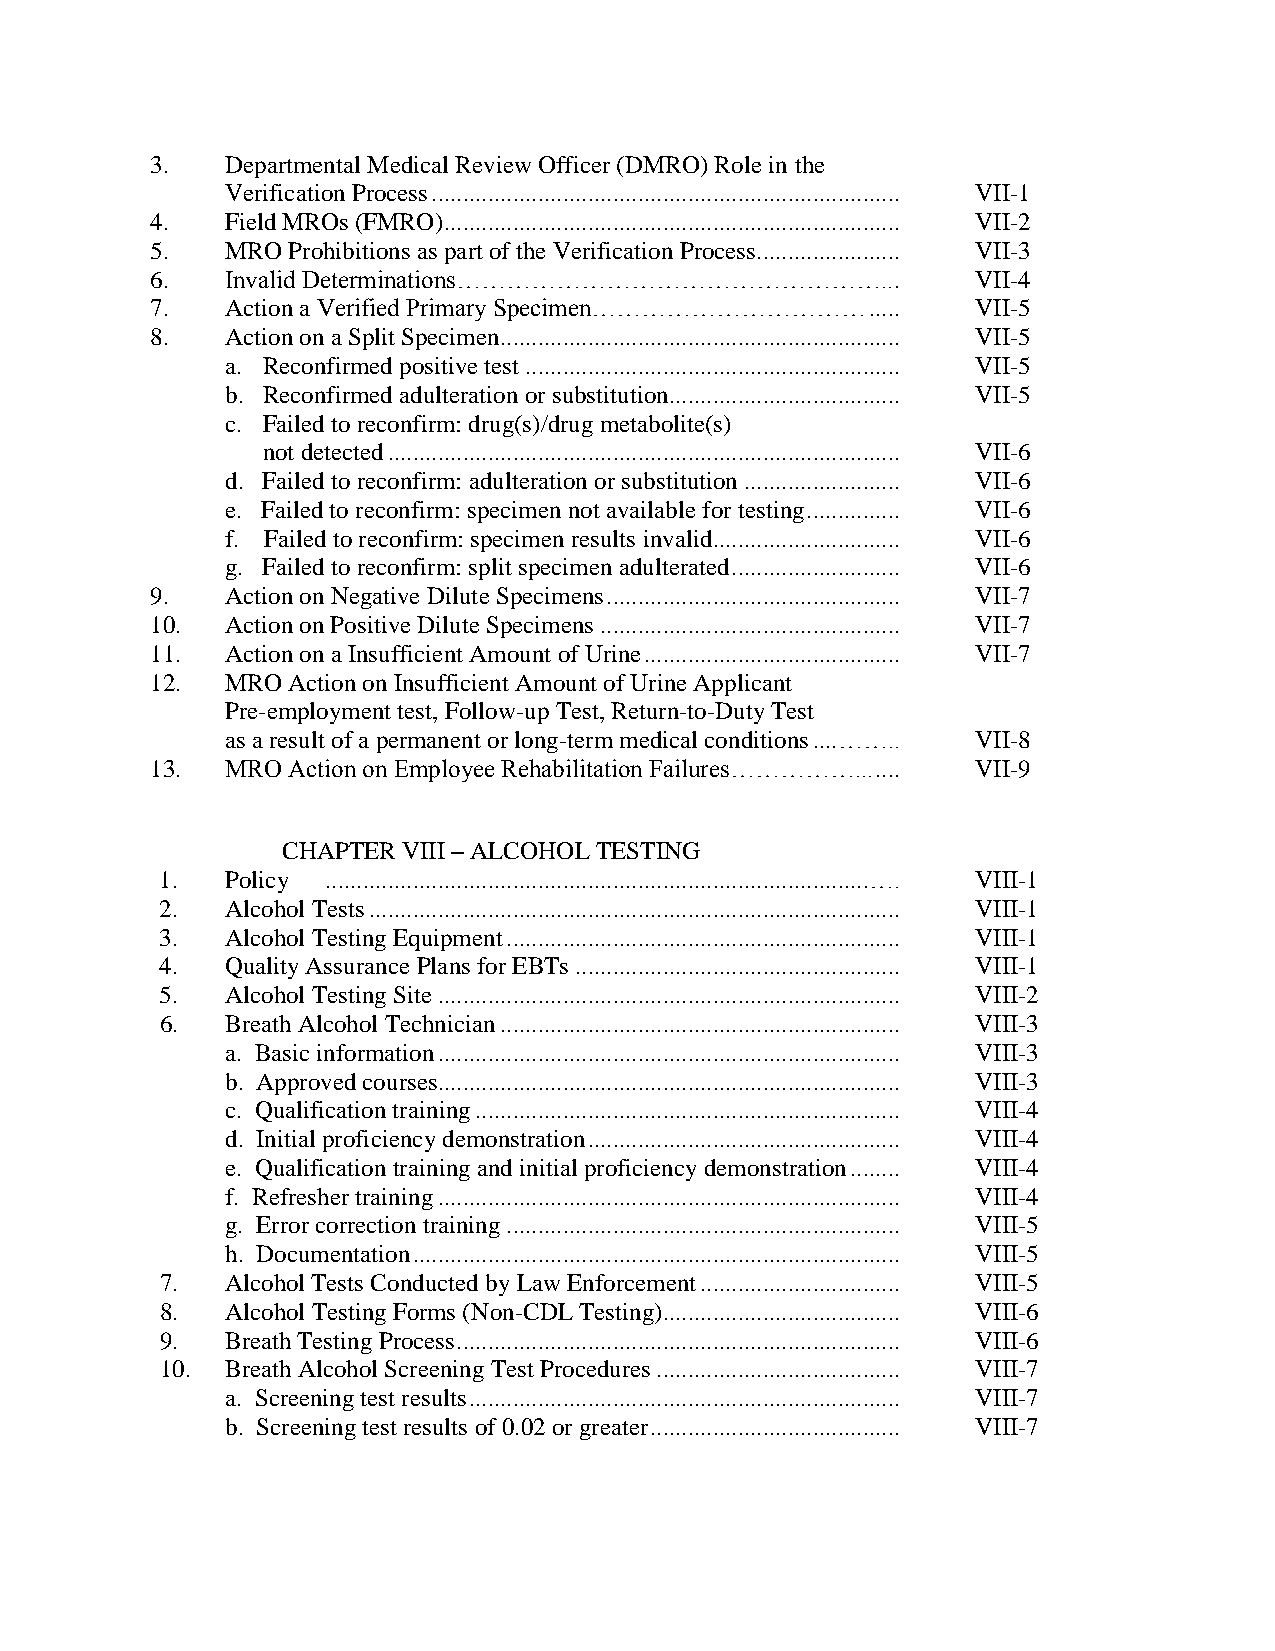
3.   Departmental Medical Review Officer (DMRO) Role in the
 Verification Process ........................................................................... VII-1
 4.   Field MROs (FMRO) ......................................................................... VII-2
 5.   MRO Prohibitions as part of the Verification Process....................... VII-3
 6.   Invalid Determinations……………………………………………...        VII-4
 7.   Action a Verified Primary Specimen…………………………… ..... VII-5
 8.   Action on a Split Specimen................................................................ VII-5
 a. Reconfirmed positive test ............................................................ VII-5
 b. Reconfirmed adulteration or substitution..................................... VII-5
 c. Failed to reconfirm: drug(s)/drug metabolite(s)
 not detected .................................................................................. VII-6
 d. Failed to reconfirm: adulteration or substitution ......................... VII-6
 e. Failed to reconfirm: specimen not available for testing ............... VII-6
 f. Failed to reconfirm: specimen results invalid.............................. VII-6
 g. Failed to reconfirm: split specimen adulterated ........................... VII-6
 9.   Action on Negative Dilute Specimens ............................................... VII-7
 10.  Action on Positive Dilute Specimens ................................................ VII-7
 11.  Action on a Insufficient Amount of Urine ......................................... VII-7
 12.  MRO Action on Insufficient Amount of Urine Applicant
 Pre-employment test, Follow-up Test, Return-to-Duty Test
 as a result of a permanent or long-term medical conditions ....…….. VII-8
 13.  MRO Action on Employee Rehabilitation Failures……………... .... VII-9
 CHAPTER VIII – ALCOHOL TESTING
 1.  Policy .......................................................................................…. VIII-1
 2.  Alcohol Tests ..................................................................................... VIII-1
 3.  Alcohol Testing Equipment ............................................................... VIII-1
 4.  Quality Assurance Plans for EBTs .................................................... VIII-1
 5.  Alcohol Testing Site .......................................................................... VIII-2
 6.  Breath Alcohol Technician ................................................................ VIII-3
 a. Basic information .......................................................................... VIII-3
 b. Approved courses.......................................................................... VIII-3
 c. Qualification training .................................................................... VIII-4
 d. Initial proficiency demonstration .................................................. VIII-4
 e. Qualification training and initial proficiency demonstration ........ VIII-4
 f. Refresher training .......................................................................... VIII-4
 g. Error correction training ............................................................... VIII-5
 h. Documentation .............................................................................. VIII-5
 7.  Alcohol Tests Conducted by Law Enforcement ................................ VIII-5
 8.  Alcohol Testing Forms (Non-CDL Testing)...................................... VIII-6
 9.  Breath Testing Process ....................................................................... VIII-6
 10. Breath Alcohol Screening Test Procedures ....................................... VIII-7
 a. Screening test results ..................................................................... VIII-7
 b. Screening test results of 0.02 or greater ........................................ VIII-7